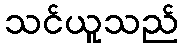
သင်ယူသည်